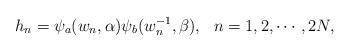
LaTeX: \begin{align*}h_n=\psi_a(w_n,\alpha)\psi_b(w^{-1}_n,\beta), ~~n=1,2,\cdots,2N,\end{align*}